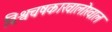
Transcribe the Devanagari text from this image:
विश्वचषकाखालोखाल